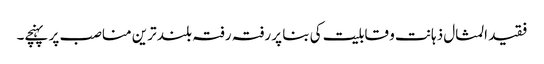
فقید المثال ذہانت و قابلیت کی بنا پر رفتہ رفتہ بلند ترین مناصب پر پہنچے۔